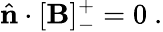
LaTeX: \hat{\mathbf{n}}\cdot[\mathbf{B}]_{-}^{+}=0~.